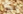
ميول